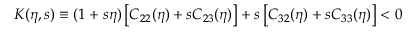
K ( \eta , s ) \equiv ( 1 + s \eta ) \left[ C _ { 2 2 } ( \eta ) + s C _ { 2 3 } ( \eta ) \right] + s \left[ C _ { 3 2 } ( \eta ) + s C _ { 3 3 } ( \eta ) \right] < 0